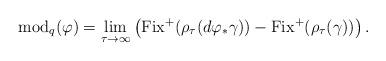
LaTeX: \begin{align*}\mathrm{mod}_q(\varphi)=\lim_{\tau\to\infty}\left(\mathrm{Fix}^+(\rho_\tau(d\varphi_*\gamma))-\mathrm{Fix}^+(\rho_\tau(\gamma))\right).\end{align*}